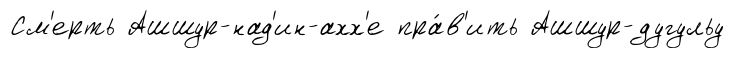
См'ерть Ашшур-над'ин-ахх'е пра́в'ить Ашшур-дугульу